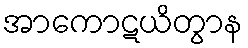
အာကောဋယိတွာန